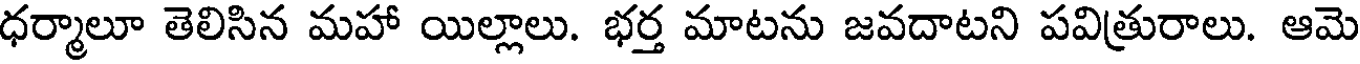
ధర్మాలూ తెలిసిన మహా యిల్లాలు. భర్త మాటను జవదాటని పవిత్రురాలు. ఆమె